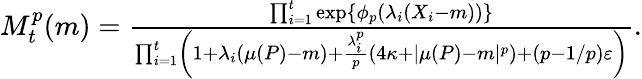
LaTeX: \begin{array}{r}{M_{t}^{p}(m)=\frac{\prod_{i=1}^{t}\exp\{ \phi_{p}(\lambda_{i}(X_{i}-m))\} }{\prod_{i=1}^{t}\left(1+\lambda_{i}(\mu(P)-m)+\frac{\lambda_{i}^{p}}{p}\left(4\kappa+|\mu(P)-m|^{p}\right)+(p-1/p)\varepsilon\right)}.}\end{array}